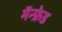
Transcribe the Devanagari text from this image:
मॅन्फ्रेड